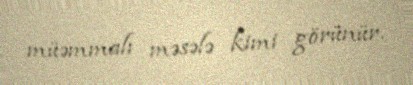
müəmmalı məsələ kimi görünür.